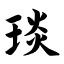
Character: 琰